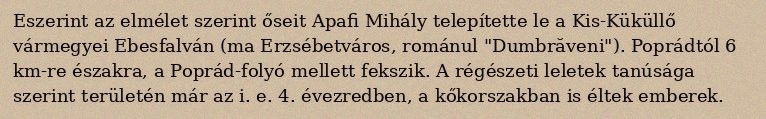
Eszerint az elmélet szerint őseit Apafi Mihály telepítette le a Kis-Küküllő vármegyei Ebesfalván (ma Erzsébetváros, románul "Dumbrăveni"). Poprádtól 6 km-re északra, a Poprád-folyó mellett fekszik. A régészeti leletek tanúsága szerint területén már az i. e. 4. évezredben, a kőkorszakban is éltek emberek.